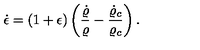
\dot { \epsilon } = ( 1 + \epsilon ) \left( { \frac { \dot { \varrho } } { \varrho } } - { \frac { \dot { \varrho } _ { c } } { \varrho _ { c } } } \right) .